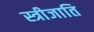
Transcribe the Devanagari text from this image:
स्त्रीजाति